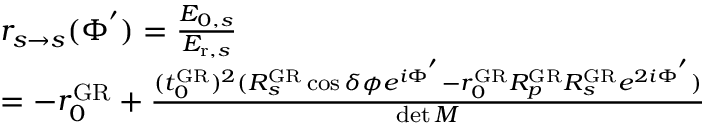
\begin{array} { r l } & { r _ { s \rightarrow s } ( \Phi ^ { ' } ) = \frac { E _ { 0 , s } } { E _ { \mathrm { r } , s } } } \\ & { = - r _ { 0 } ^ { \mathrm { G R } } + \frac { ( t _ { 0 } ^ { \mathrm { G R } } ) ^ { 2 } ( R _ { s } ^ { \mathrm { G R } } \cos \delta \phi e ^ { i \Phi ^ { ' } } - r _ { 0 } ^ { \mathrm { G R } } R _ { p } ^ { \mathrm { G R } } R _ { s } ^ { \mathrm { G R } } e ^ { 2 i \Phi ^ { ' } } ) } { \operatorname* { d e t } M } } \end{array}